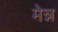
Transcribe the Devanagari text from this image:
मेन्न